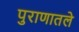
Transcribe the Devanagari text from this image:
पुराणातले